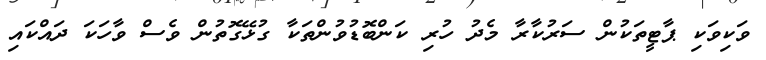
ވަކިވަކި ޕާޓީތަކުން ސަރުކާރާ މެދު ހުރި ކަންބޮޑުވުންތަކާ ގުޅޭގޮތުން ވެސް ވާހަކަ ދައްކައި